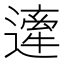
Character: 𨖱